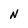
Character: N